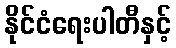
နိုင်ငံရေးပါတီနှင့်